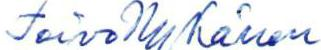
Toivo Nykänen